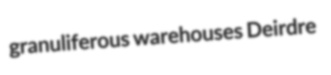
granuliferous warehouses Deirdre